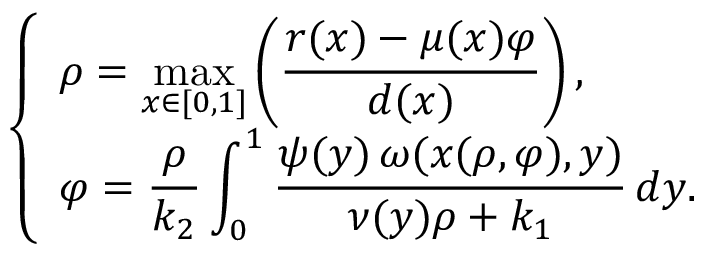
\left\{ \begin{array} { l l } { \rho = \displaystyle \operatorname* { m a x } _ { x \in \lbrack 0 , 1 ] } \left( \frac { r ( x ) - \mu ( x ) \varphi } { d ( x ) } \right) , } & \\ { \varphi = \displaystyle \frac { \rho } { k _ { 2 } } \int _ { 0 } ^ { 1 } \frac { \psi ( y ) \, \omega ( x ( \rho , \varphi ) , y ) } { \nu ( y ) \rho + k _ { 1 } } \, d y . } \end{array} \right.